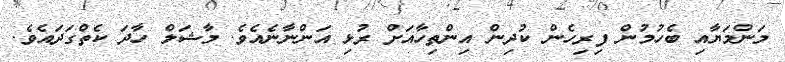
މަންމަޔާއި ބެހުމުން ފިރިހެން ކުދިން އިންތިހާއަށް ރުޅި އަންނާނެއެވެ. މާޝަލް ހާދަ ކެތްގަދައެވެ.